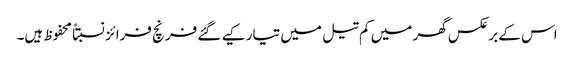
اس کے برعکس گھر میں کم تیل میں تیار کیے گئے فرنچ فرائز نسبتاً محفوظ ہیں۔